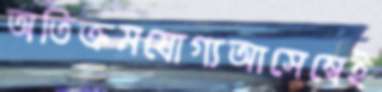
অতিক্রমযোগ্যআসেম্বেই